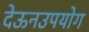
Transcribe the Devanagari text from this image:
देऊनउपयोग